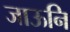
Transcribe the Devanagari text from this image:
जाऊनि